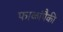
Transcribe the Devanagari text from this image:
फाळांपैकी